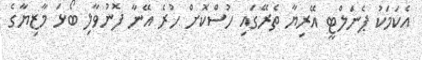
އެކަމަކު ޕެނަލްޓީ އޭރިޔާ ތެރޭގައި ހުސްކޮށް ހުރެ އޭނާ ފޮނުވާލި ބޯޅަ މާޒިޔާގެ